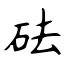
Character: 砝